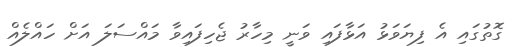
ގޮތުގައި އެ ފިޔަވަޅު އަޅާފައި ވަނީ މިހާރު ޖެހިފައިވާ މައްސަލަ އަށް ހައްލެއް